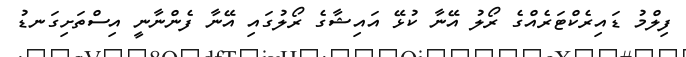
ފިލްމު ޑައިރެކްޓަރެއްގެ ރޯލު އޭނާ ކުޅޭ އައިޝާގެ ރޯލުގައި އޭނާ ފެންނާނީ އިސްތަށިގަނޑު